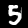
Label: 5